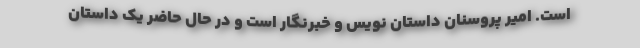
است. امیر پروسنان داستان نویس و خبرنگار است و در حال حاضر یک داستان